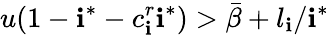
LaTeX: u(1-\mathbf{i}^{*}-c_{\mathbf{i}}^{r}\mathbf{i}^{*})>\bar{{\beta}}+l_{\mathbf{i}}/{\mathbf{i}^{*}}